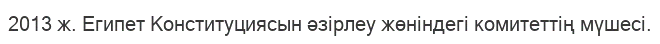
2013 ж. Египет Конституциясын әзірлеу жөніндегі комитеттің мүшесі.